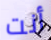
أنت